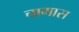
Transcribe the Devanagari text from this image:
चागास